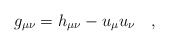
\begin{align*}g_{\mu\nu}=h_{\mu\nu}-u_\mu u_\nu~~~,\end{align*}